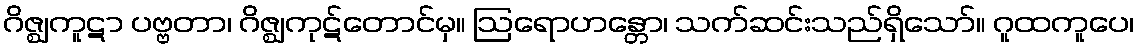
ဂိဇ္ဈကူဋာ ပဗ္ဗတာ၊ ဂိဇ္ဈကုဋ်တောင်မှ။ ဩရောဟန္တော၊ သက်ဆင်းသည်ရှိသော်။ ဂူထကူပေ၊